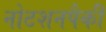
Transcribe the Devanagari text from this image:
नोटशनपैकी